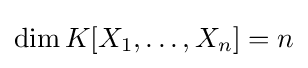
\dim K[X_{1},\ldots ,X_{n}]=n